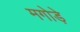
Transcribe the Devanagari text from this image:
मगोड़े